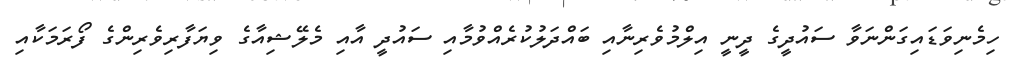
ހިމެނިވަޑައިގަންނަވާ ސައުދީގެ ދީނީ އިލްމުވެރިނާއި ބައްދަލުކުރެއްވުމާއި ސައުދީ އާއި މެލޭޝިއާގެ ވިޔަފާރިވެރިންގެ ފޯރަމަކާއި